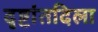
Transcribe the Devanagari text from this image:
दृष्टांतदिला